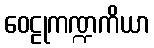
ဝေဠုကဏ္ဍကိယာ